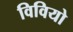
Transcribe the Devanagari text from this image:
विवियो